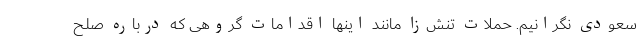
سعودی نگرانیم. حملات تنش‌زا مانند اینها اقدامات گروهی که درباره صلح